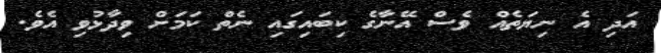
އަދި އެ ނިޔަތެއް ވެސް އޭނާގެ ކިބައިގައި ނެތް ކަމަށް ވިދާޅުވި އެވެ.